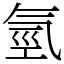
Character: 氫